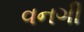
વનગી